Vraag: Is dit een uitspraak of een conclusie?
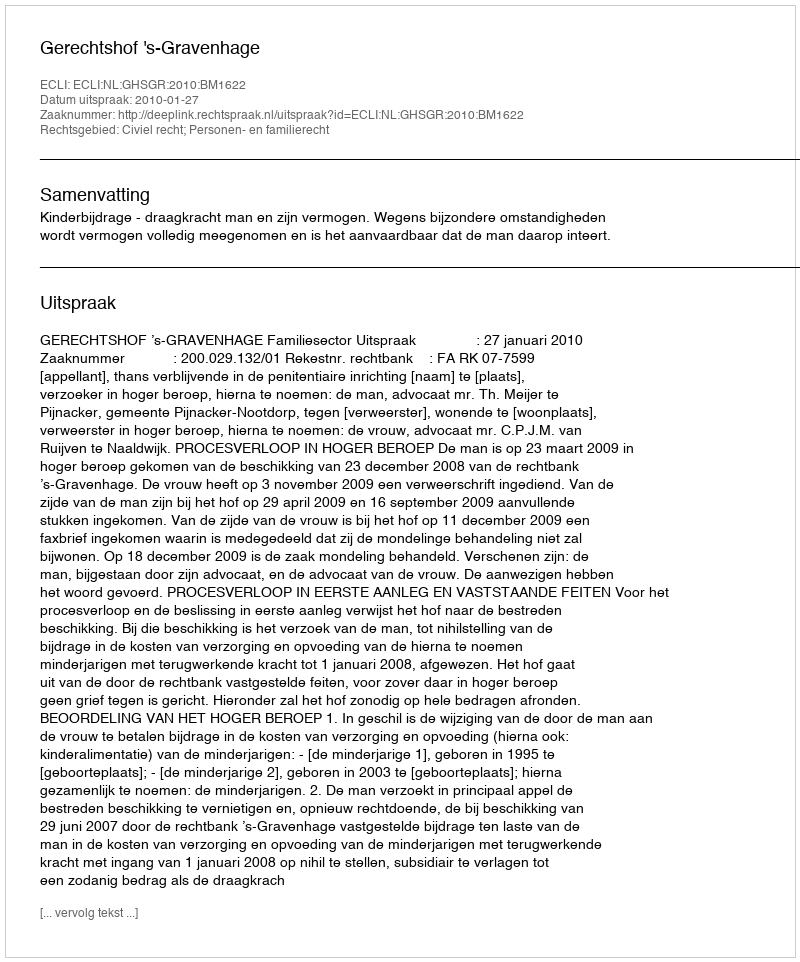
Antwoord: Uitspraak